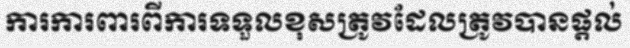
ការការពារពីការទទួលខុសត្រូវដែលត្រូវបានផ្តល់